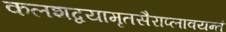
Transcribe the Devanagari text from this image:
कलशद्वयामृतसैराप्लावयन्तं